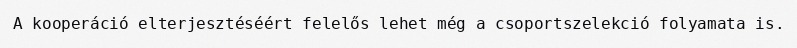
A kooperáció elterjesztéséért felelős lehet még a csoportszelekció folyamata is.